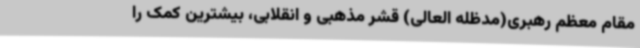
مقام معظم رهبری(مدظله العالی) قشر مذهبی و انقلابی، بیشترین کمک را